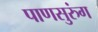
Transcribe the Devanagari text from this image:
पाणसुरुंग